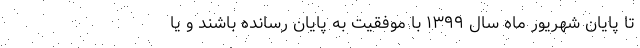
تا پایان شهریور ماه سال ۱۳۹۹ با موفقیت به پایان رسانده باشند و یا